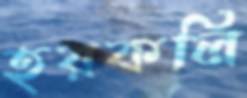
হরকলি